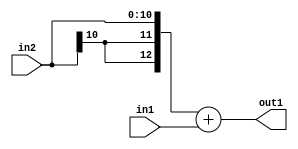
`timescale 1ps / 1ps
/*****************************************************************************
    Verilog RTL Description
    
    
    Created by: Stratus DpOpt 2019.1.01 
*******************************************************************************/

module SobelFilter_Add_11Sx11U_13S_1 (
	in2,
	in1,
	out1
	); /* architecture "behavioural" */ 
input [10:0] in2,
	in1;
output [12:0] out1;
wire [12:0] asc001;

assign asc001 = 
	+({{2{in2[10]}}, in2})
	+(in1);

assign out1 = asc001;
endmodule

/* CADENCE  ubH5SAA= : u9/ySgnWtBlWxVPRXgAZ4Og= ** DO NOT EDIT THIS LINE ******/